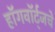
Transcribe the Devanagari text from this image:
हॉगवॉर्ट्‌जचे